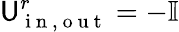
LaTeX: \mathsf{U}_{\mathrm{{~i~n~,~o~u~t~}}}^{r}=-\mathbb{{I}}